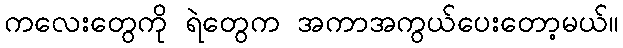
ကလေးတွေကို ရဲတွေက အကာအကွယ်ပေးတော့မယ်။